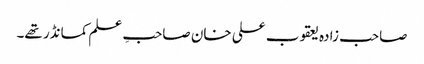
صاحب زادہ یعقوب علی خان صاحبِ علم کمانڈر تھے۔